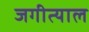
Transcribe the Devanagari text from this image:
जगीत्याल